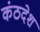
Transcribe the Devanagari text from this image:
कंठदेश